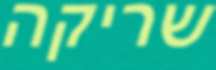
שריקה